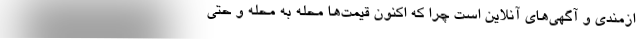
ازمندی و آگهی‌های آنلاین است چرا که اکنون قیمت‌ها محله به محله و حتی